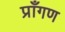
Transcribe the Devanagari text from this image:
प्राँगण